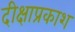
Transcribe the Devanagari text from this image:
दीक्षाप्रकाश